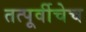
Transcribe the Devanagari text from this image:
तत्पूर्वीचेच